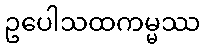
ဥပေါသထကမ္မဿ